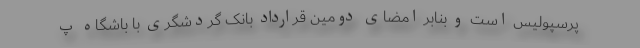
پرسپولیس است و بنابر امضای دومین قرارداد بانک گردشگری با باشگاه پ